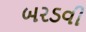
બરડવી